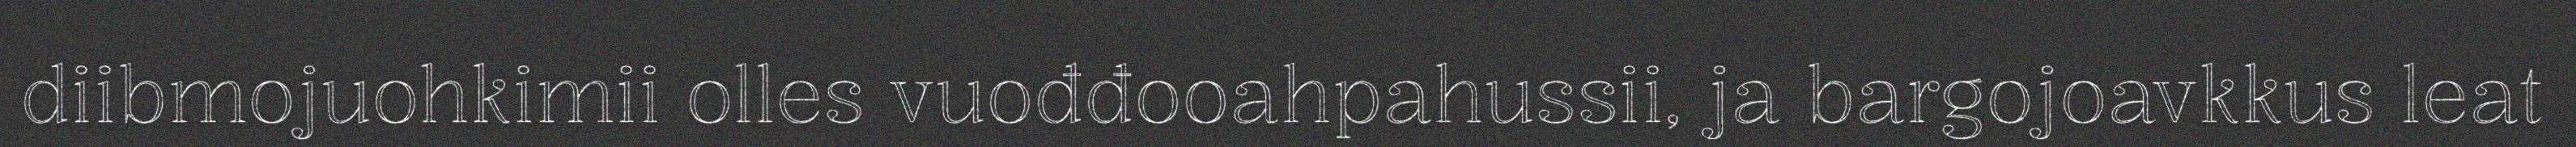
diibmojuohkimii olles vuođđooahpahussii, ja bargojoavkkus leat